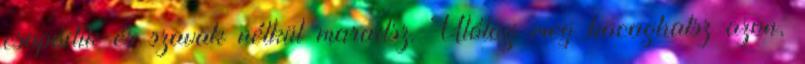
csapódik és szavak nélkül maradsz. Utólag meg kacaghatsz azon,